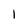
Character: 1